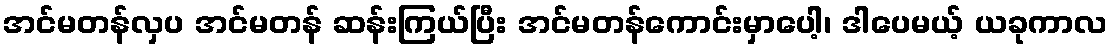
အင်မတန်လှပ အင်မတန် ဆန်းကြယ်ပြီး အင်မတန်ကောင်းမှာပေါ့၊ ဒါပေမယ့် ယခုကာလ